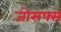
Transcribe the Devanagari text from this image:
जोसफ्स